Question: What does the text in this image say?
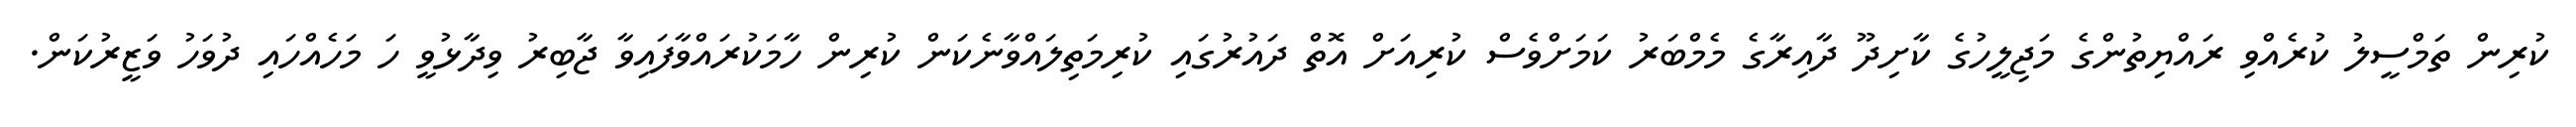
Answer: ކުރިން ތަމްސީލު ކުރެއްވި ރައްޔިތުންގެ މަޖިލީހުގެ ކާށިދޫ ދާއިރާގެ މެމްބަރު ކަމަށްވެސް ކުރިއަށް އޮތް ދައުރުގައި ކުރިމަތިލައްވާނެކަން ކުރިން ހާމަކުރައްވާފައިވާ ޖާބިރު ވިދާޅުވީ ހަ މަހެއްހައި ދުވަހު ވަޒީރުކަން.